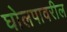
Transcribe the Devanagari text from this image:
घोलपावरील